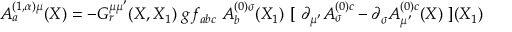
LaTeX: A _ { a } ^ { ( 1 , \alpha ) \mu } ( X ) = - G _ { r } ^ { \mu \mu ^ { \prime } } ( X , X _ { 1 } ) \ g f _ { a b c } \ A _ { b } ^ { ( 0 ) \sigma } ( X _ { 1 } ) \ [ \ \partial _ { \mu ^ { \prime } } A _ { \sigma } ^ { ( 0 ) c } - \partial _ { \sigma } A _ { \mu ^ { \prime } } ^ { ( 0 ) c } ( X ) \ ] ( X _ { 1 } )